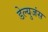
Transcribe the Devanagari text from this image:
डेल्युजंस